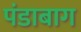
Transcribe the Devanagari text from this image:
पंडाबाग